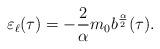
LaTeX: \begin{align*} \varepsilon_\ell (\tau) = -\frac{2}{\alpha} m_0 b^{\frac{\alpha}{2}}(\tau).\end{align*}